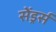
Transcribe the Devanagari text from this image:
सेंड्रर्स